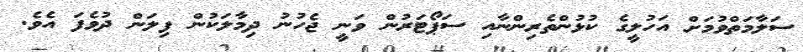
ސަލާމަތްވުމަށް އަހުލީގެ ކުޅުންތެރިންނާއި ސަޕޯޓަރުން ވަނީ ޖެހުނު ދިމާލަކުން ފިލަން ދުވެފަ އެވެ.